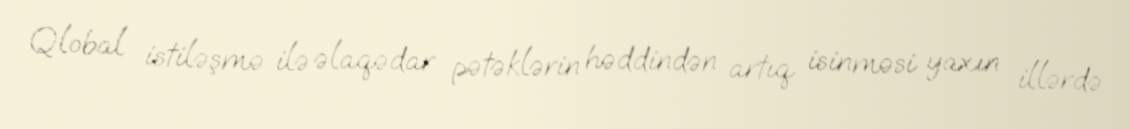
Qlobal istiləşmə ilə əlaqədar pətəklərin həddindən artıq isinməsi yaxın illərdə